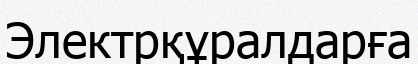
Электрқұралдарға